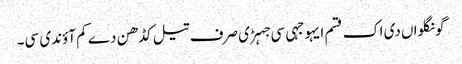
گونگلواں دی اک قسم ایہو جہی سی جہڑی صرف تیل کڈھن دے کم آؤندی سی۔